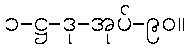
၁-ဋ္ဌ-ဒု-အုပ်-၉၀။